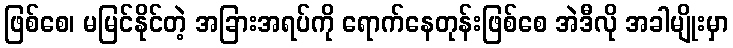
ဖြစ်စေ၊ မမြင်နိုင်တဲ့ အခြားအရပ်ကို ရောက်နေတုန်းဖြစ်စေ အဲဒီလို အခါမျိုးမှာ